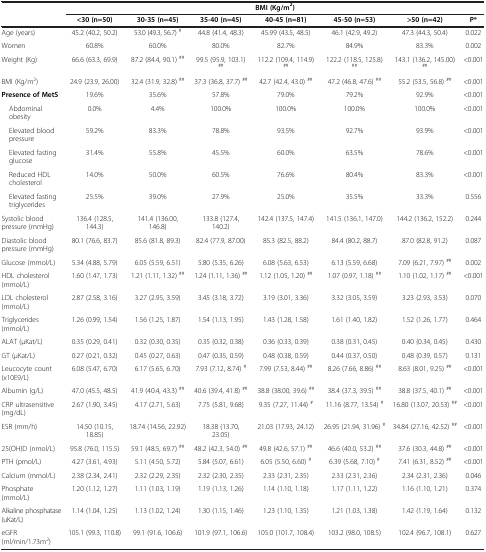
<table><thead><tr><td><b> </b></td><td colspan="7"><b>BMI (Kg/m<sup>2</sup>)</b></td></tr><tr><td><b> </b></td><td><b>&lt;30 (n=50)</b></td><td><b>30-35 (n=45)</b></td><td><b>35-40 (n=45)</b></td><td><b>40-45 (n=81)</b></td><td><b>45-50 (n=53)</b></td><td><b>&gt;50 (n=42)</b></td><td><b>P*</b></td></tr></thead><tbody><tr><td>Age (years)</td><td>45.2 (40.2, 50.2)</td><td>53.0 (49.3, 56.7) <sup>#</sup></td><td>44.8 (41.4, 48.3)</td><td>45.99 (43.5, 48.5)</td><td>46.1 (42.9, 49.2)</td><td>47.3 (44.3, 50.4)</td><td>0.022</td></tr><tr><td>Women</td><td>60.8%</td><td>60.0%</td><td>80.0%</td><td>82.7%</td><td>84.9%</td><td>83.3%</td><td>0.002</td></tr><tr><td>Weight (Kg)</td><td>66.6 (63.3, 69.9)</td><td>87.2 (84.4, 90.1) <sup>##</sup></td><td>99.5 (95.9, 103.1) <sup>##</sup></td><td>112.2 (109.4, 114.9) <sup>##</sup></td><td>122.2 (118.5, 125.8) <sup>##</sup></td><td>143.1 (136.2, 145.00) <sup>##</sup></td><td>&lt;0.001</td></tr><tr><td>BMI (Kg/m<sup>2</sup>)</td><td>24.9 (23.9, 26.00)</td><td>32.4 (31.9, 32.8) <sup>##</sup></td><td>37.3 (36.8, 37.7) <sup>##</sup></td><td>42.7 (42.4, 43.0) <sup>##</sup></td><td>47.2 (46.8, 47.6) <sup>##</sup></td><td>55.2 (53.5, 56.8) <sup>##</sup></td><td>&lt;0.001</td></tr><tr><td><b>Presence of MetS</b></td><td>19.6%</td><td>35.6%</td><td>57.8%</td><td>79.0%</td><td>79.2%</td><td>92.9%</td><td>&lt;0.001</td></tr><tr><td> Abdominal obesity</td><td>0.0%</td><td>4.4%</td><td>100.0%</td><td>100.0%</td><td>100.0%</td><td>100.0%</td><td>&lt;0.001</td></tr><tr><td> Elevated blood pressure</td><td>59.2%</td><td>83.3%</td><td>78.8%</td><td>93.5%</td><td>92.7%</td><td>93.9%</td><td>&lt;0.001</td></tr><tr><td> Elevated fasting glucose</td><td>31.4%</td><td>55.8%</td><td>45.5%</td><td>60.0%</td><td>63.5%</td><td>78.6%</td><td>&lt;0.001</td></tr><tr><td> Reduced HDL cholesterol</td><td>14.0%</td><td>50.0%</td><td>60.5%</td><td>76.6%</td><td>80.4%</td><td>83.3%</td><td>&lt;0.001</td></tr><tr><td> Elevated fasting triglycerides</td><td>25.5%</td><td>39.0%</td><td>27.9%</td><td>25.0%</td><td>35.5%</td><td>33.3%</td><td>0.556</td></tr><tr><td>Systolic blood pressure (mmHg)</td><td>136.4 (128.5, 144.3)</td><td>141.4 (136.00, 146.8)</td><td>133.8 (127.4, 140.2)</td><td>142.4 (137.5, 147.4)</td><td>141.5 (136.1, 147.0)</td><td>144.2 (136.2, 152.2)</td><td>0.244</td></tr><tr><td>Diastolic blood pressure (mmHg)</td><td>80.1 (76.6, 83.7)</td><td>85.6 (81.8, 89.3)</td><td>82.4 (77.9, 87.00)</td><td>85.3 (82.5, 88.2)</td><td>84.4 (80.2, 88.7)</td><td>87.0 (82.8, 91.2)</td><td>0.087</td></tr><tr><td>Glucose (mmol/L)</td><td>5.34 (4.88, 5.79)</td><td>6.05 (5.59, 6.51)</td><td>5.80 (5.35, 6.26)</td><td>6.08 (5.63, 6.53)</td><td>6.13 (5.59, 6.68)</td><td>7.09 (6.21, 7.97) <sup>##</sup></td><td>0.002</td></tr><tr><td>HDL cholesterol (mmol/L)</td><td>1.60 (1.47, 1.73)</td><td>1.21 (1.11, 1.32) <sup>##</sup></td><td>1.24 (1.11, 1.36) <sup>##</sup></td><td>1.12 (1.05, 1.20) <sup>##</sup></td><td>1.07 (0.97, 1.18) <sup>##</sup></td><td>1.10 (1.02, 1.17) <sup>##</sup></td><td>&lt;0.001</td></tr><tr><td>LDL cholesterol (mmol/L)</td><td>2.87 (2.58, 3.16)</td><td>3.27 (2.95, 3.59)</td><td>3.45 (3.18, 3.72)</td><td>3.19 (3.01, 3.36)</td><td>3.32 (3.05, 3.59)</td><td>3.23 (2.93, 3.53)</td><td>0.070</td></tr><tr><td>Triglycerides (mmol/L)</td><td>1.26 (0.99, 1.54)</td><td>1.56 (1.25, 1.87)</td><td>1.54 (1.13, 1.95)</td><td>1.43 (1.28, 1.58)</td><td>1.61 (1.40, 1.82)</td><td>1.52 (1.26, 1.77)</td><td>0.464</td></tr><tr><td>ALAT (μKat/L)</td><td>0.35 (0.29, 0.41)</td><td>0.32 (0.30, 0.35)</td><td>0.35 (0.32, 0.38)</td><td>0.36 (0.33, 0.39)</td><td>0.38 (0.31, 0.45)</td><td>0.40 (0.34, 0.45)</td><td>0.430</td></tr><tr><td>GT (μKat/L)</td><td>0.27 (0.21, 0.32)</td><td>0.45 (0.27, 0.63)</td><td>0.47 (0.35, 0.59)</td><td>0.48 (0.38, 0.59)</td><td>0.44 (0.37, 0.50)</td><td>0.48 (0.39, 0.57)</td><td>0.131</td></tr><tr><td>Leucocyte count (x10E9/L)</td><td>6.08 (5.47, 6.70)</td><td>6.17 (5.65, 6.70)</td><td>7.93 (7.12, 8.74) <sup>#</sup></td><td>7.99 (7.53, 8.44) <sup>##</sup></td><td>8.26 (7.66, 8.86) <sup>##</sup></td><td>8.63 (8.01, 9.25) <sup>##</sup></td><td>&lt;0.001</td></tr><tr><td>Albumin (g/L)</td><td>47.0 (45.5, 48.5)</td><td>41.9 (40.4, 43.3) <sup>##</sup></td><td>40.6 (39.4, 41.8) <sup>##</sup></td><td>38.8 (38.00, 39.6) <sup>##</sup></td><td>38.4 (37.3, 39.5) <sup>##</sup></td><td>38.8 (37.5, 40.1) <sup>##</sup></td><td>&lt;0.001</td></tr><tr><td>CRP ultrasensitive (mg/dL)</td><td>2.67 (1.90, 3.45)</td><td>4.17 (2.71, 5.63)</td><td>7.75 (5.81, 9.68)</td><td>9.35 (7.27, 11.44) <sup>#</sup></td><td>11.16 (8.77, 13.54) <sup>#</sup></td><td>16.80 (13.07, 20.53) <sup>##</sup></td><td>&lt;0.001</td></tr><tr><td>ESR (mm/h)</td><td>14.50 (10.15, 18.85)</td><td>18.74 (14.56, 22.92)</td><td>18.38 (13.70, 23.05)</td><td>21.03 (17.93, 24.12)</td><td>26.95 (21.94, 31.96) <sup>#</sup></td><td>34.84 (27.16, 42.52) <sup>##</sup></td><td>&lt;0.001</td></tr><tr><td>25(OH)D (nmol/L)</td><td>95.8 (76.0, 115.5)</td><td>59.1 (48.5, 69.7) <sup>##</sup></td><td>48.2 (42.3, 54.0) <sup>##</sup></td><td>49.8 (42.6, 57.1) <sup>##</sup></td><td>46.6 (40.0, 53.2) <sup>##</sup></td><td>37.6 (30.3, 44.8) <sup>##</sup></td><td>&lt;0.001</td></tr><tr><td>PTH (pmol/L)</td><td>4.27 (3.61, 4.93)</td><td>5.11 (4.50, 5.72)</td><td>5.84 (5.07, 6.61)</td><td>6.05 (5.50, 6.60) <sup>#</sup></td><td>6.39 (5.68, 7.10) <sup>#</sup></td><td>7.41 (6.31, 8.52) <sup>##</sup></td><td>&lt;0.001</td></tr><tr><td>Calcium (mmol/L)</td><td>2.38 (2.34, 2.41)</td><td>2.32 (2.29, 2.35)</td><td>2.32 (2.30, 2.35)</td><td>2.33 (2.31, 2.35)</td><td>2.33 (2.31, 2.36)</td><td>2.34 (2.31, 2.36)</td><td>0.046</td></tr><tr><td>Phosphate (mmol/L)</td><td>1.20 (1.12, 1.27)</td><td>1.11 (1.03, 1.19)</td><td>1.19 (1.13, 1.26)</td><td>1.14 (1.10, 1.18)</td><td>1.17 (1.11, 1.22)</td><td>1.16 (1.10, 1.21)</td><td>0.374</td></tr><tr><td>Alkaline phosphatase (uKat/L)</td><td>1.14 (1.04, 1.25)</td><td>1.13 (1.02, 1.24)</td><td>1.30 (1.15, 1.46)</td><td>1.23 (1.10, 1.35)</td><td>1.21 (1.03, 1.38)</td><td>1.42 (1.19, 1.64)</td><td>0.132</td></tr><tr><td>eGFR (ml/min/1.73m<sup>2</sup>)</td><td>105.1 (99.3, 110.8)</td><td>99.1 (91.6, 106.6)</td><td>101.9 (97.1, 106.6)</td><td>105.0 (101.7, 108.4)</td><td>103.2 (98.0, 108.5)</td><td>102.4 (96.7, 108.1)</td><td>0.627</td></tr></tbody></table>